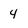
Character: 4